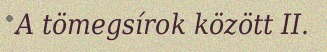
A tömegsírok között II.